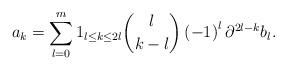
LaTeX: \begin{align*}a_{k}=\sum_{l=0}^{m}1_{l\leq k\leq2l}\dbinom{l}{k-l}\left( -1\right)^{l}\partial^{2l-k}b_{l}. \end{align*}